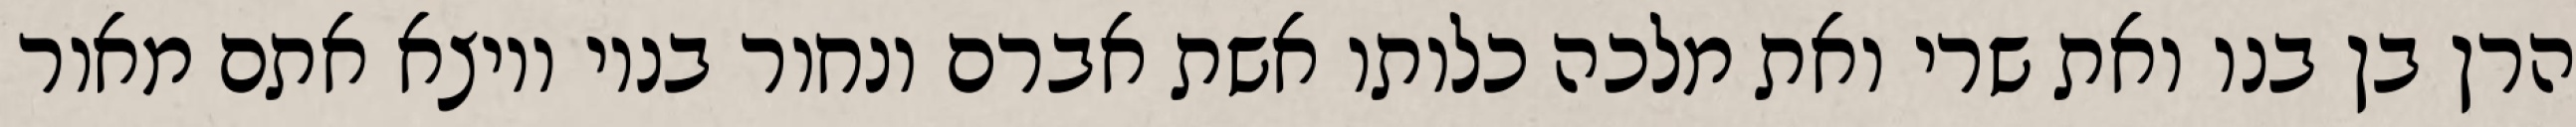
הרן בן בנו ואת שרי ואת מלכה כלותו אשת אברם ונחור בניו ויוצא אתם מאור